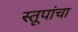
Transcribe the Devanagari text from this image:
स्तूपांचा